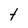
Character: t